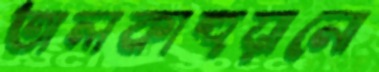
তালকাহুয়ানো